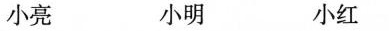
小亮 小明 小红